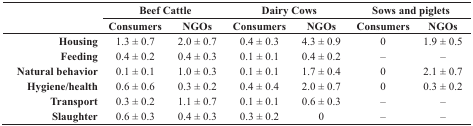
|  | <COLSPAN=2> Beef Cattle | <COLSPAN=2> Dairy Cows | <COLSPAN=2> Sows and piglets |
 |  | Consumers | NGOs | Consumers | NGOs | Consumers | NGOs |
 | --- | --- | --- | --- | --- | --- | --- |
 | Housing | 1.3 ± 0.7 | 2.0 ± 0.7 | 0.4 ± 0.3 | 4.3 ± 0.9 | 0 | 1.9 ± 0.5 |
 | Feeding | 0.4 ± 0.2 | 0.4 ± 0.3 | 0.1 ± 0.1 | 0.4 ± 0.2 | – | – |
 | Natural behavior | 0.1 ± 0.1 | 1.0 ± 0.3 | 0.1 ± 0.1 | 1.7 ± 0.4 | 0 | 2.1 ± 0.7 |
 | Hygiene/health | 0.6 ± 0.6 | 0.3 ± 0.2 | 0.4 ± 0.4 | 2.0 ± 0.7 | 0 | 0.3 ± 0.2 |
 | Transport | 0.3 ± 0.2 | 1.1 ± 0.7 | 0.1 ± 0.1 | 0.6 ± 0.3 | – | – |
 | Slaughter | 0.6 ± 0.3 | 0.4 ± 0.3 | 0.3 ± 0.2 | 0 | – | – |